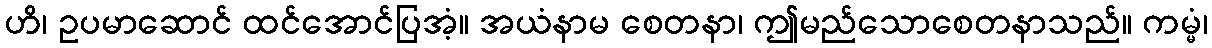
ဟိ၊ ဥပမာဆောင် ထင်အောင်ပြအံ့။ အယံနာမ စေတနာ၊ ဤမည်သောစေတနာသည်။ ကမ္မံ၊